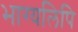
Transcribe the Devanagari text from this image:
भाग्यलिपि